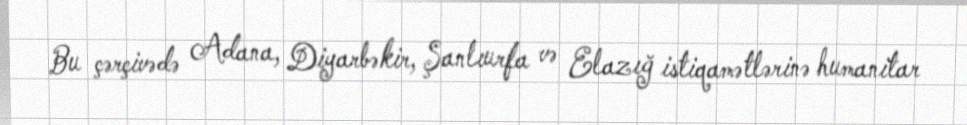
Bu çərçivədə Adana, Diyarbəkir, Şanlıurfa və Elazığ istiqamətlərinə humanitar